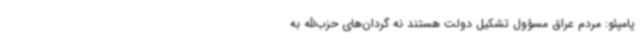
پامپئو: مردم عراق مسؤول تشکیل دولت هستند نه گردان‌های حزب‌الله به